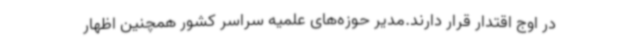
در اوج اقتدار قرار دارند.مدیر حوزه‌های علمیه سراسر کشور همچنین اظهار